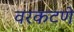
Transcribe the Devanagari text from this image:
वरकटणे